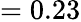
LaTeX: =0.23